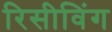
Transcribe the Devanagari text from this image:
रिसीविंग